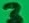
Text: 3